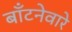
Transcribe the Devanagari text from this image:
बाँटनेवारे